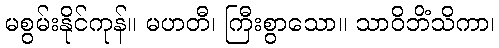
မစွမ်းနိုင်ကုန်။ မဟတီ၊ ကြီးစွာသော။ သာဝိဘိံသိကာ၊